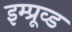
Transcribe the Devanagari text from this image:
इम्प्रूव्ड